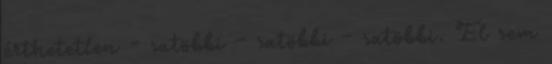
érthetetlen - satöbbi - satöbbi - satöbbi. El sem